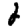
Digit: 2